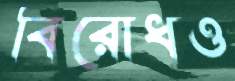
বিরোধও